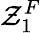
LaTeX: \mathcal{Z}_{1}^{F}